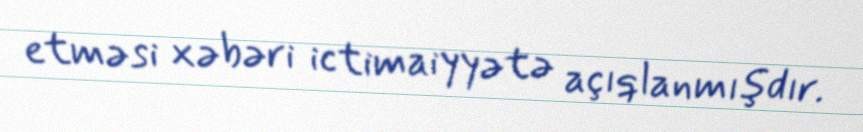
etməsi xəbəri ictimaiyyətə açıqlanmışdır.